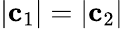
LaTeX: |\textbf{c}_{1}|=|\textbf{c}_{2}|